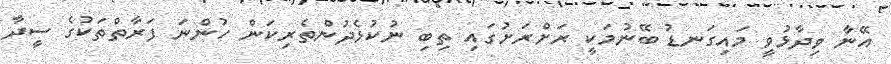
އޭނާ ވިދާޅުވީ މައިގަނޑު ބޭނުމަކީ ރަށްރަށުގައި ތިބި ނުކުޅެދުންތެރިކަން ހުންނަ ފަރާތްތަކުގެ ސީދާ